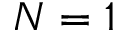
N = 1